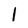
Character: l